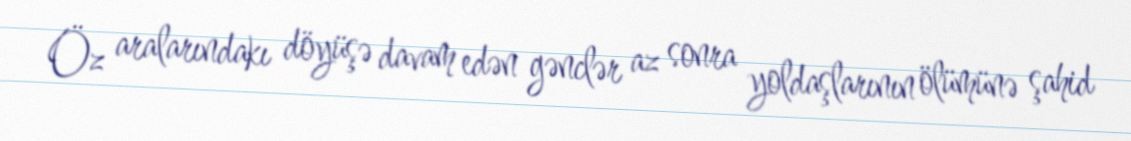
Öz aralarındakı döyüşə davam edən gənclər az sonra yoldaşlarının ölümünə şahid